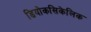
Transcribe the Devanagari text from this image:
डियोकसिकेलिक